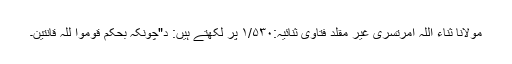
مولانا ثناء اللہ امرتسری غیر مقلد فتاویٰ ثنائیہ:۱/۵۳۰ پر لکھتے ہیں: د"چونکہ بحکم قوموا للہ قانتین۔